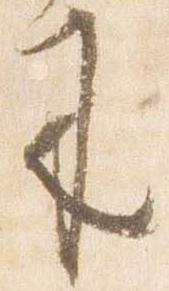
来